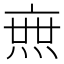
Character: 𤍍